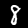
Label: 8